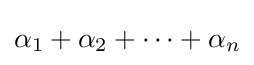
\textstyle \alpha _{1}+\alpha _{2}+\cdots +\alpha _{n}